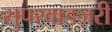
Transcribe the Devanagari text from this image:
सुपरवाइज़री